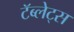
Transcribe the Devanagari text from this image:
टॅब्लेट्‍स